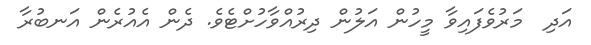
އަދި  މަރުވެފައިވާ މީހުން އަލުން ދިރުއްވާހުށްޓެވެ. ދެން އެއުރެން އަނބުރާ